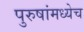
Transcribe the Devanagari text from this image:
पुरुषांमध्येच